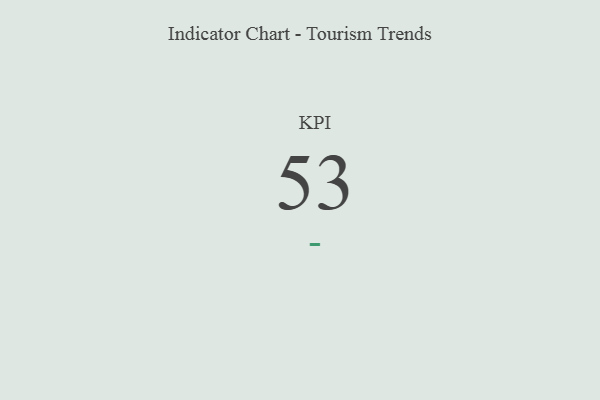
{"axis": {"x": "KPI", "y": "Value"}, "legend": [""], "data": [{"x": "KPI", "y": 53, "type": ""}]}